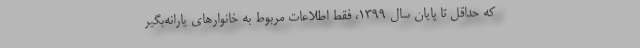
که حداقل تا پایان سال ۱۳۹۹، فقط اطلاعات مربوط به خانوارهای یارانه‌بگیر